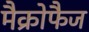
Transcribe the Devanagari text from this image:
मैक्रोफैज